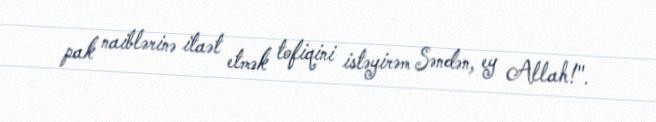
pak naiblərinə itaət etmək tofiqini istəyirəm Səndən, ey Allah!".